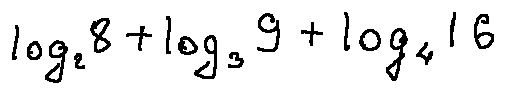
\log _ { 2 } 8 + \log _ { 3 } 9 + \log _ { 4 } 1 6